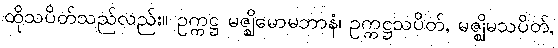
ထိုသပိတ်သည်လည်း။ ဥက္ကဋ္ဌ မဇ္ဈိမောမဘာနံ၊ ဥက္ကဋ္ဌသပိတ်, မဇ္ဈိမသပိတ်,